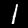
Label: 1